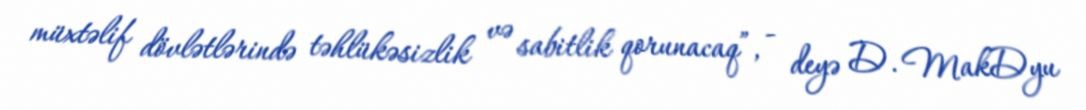
müxtəlif dövlətlərində təhlükəsizlik və sabitlik qorunacaq”, - deyə D. MakDyu